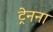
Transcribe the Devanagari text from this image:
ट्रेनना